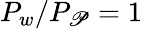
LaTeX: P_{w}/P_{\mathscr{P}}=1